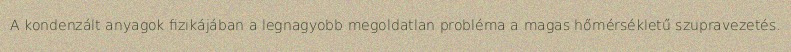
A kondenzált anyagok fizikájában a legnagyobb megoldatlan probléma a magas hőmérsékletű szupravezetés.